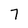
Character: 7